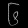
Digit: ၆